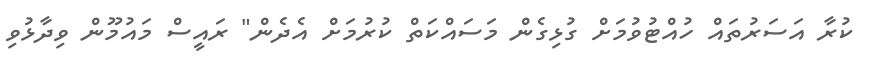
ކުރާ އަސަރުތައް ހުއްޓުވުމަށް ގުޅިގެން މަސައްކަތް ކުރުމަށް އެދެން" ރައީސް މައުމޫން ވިދާޅުވި